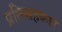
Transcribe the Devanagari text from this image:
प्रतिसहकार